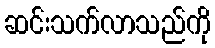
ဆင်းသက်လာသည်ကို